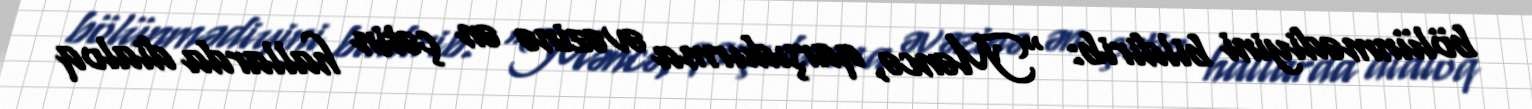
bölünmədiyini bildirib: “Məncə, qarşıdurma əvəzinə ən çətin hallarda dialoq